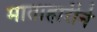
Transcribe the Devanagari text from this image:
माताहारीने